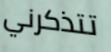
تتذكرني